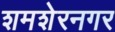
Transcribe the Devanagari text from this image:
शमशेरनगर